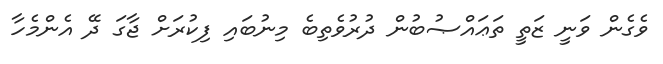
ވެގެން ވަނީ ޒަތީ ތަޢައްޞުބުން ދުރުވެތިބެ މިނުބައި ފިކުރަށް ޖާގަ ދޭ އެންމެހާ